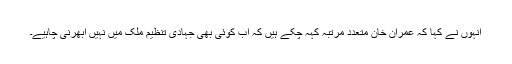
انہوں نے کہا کہ عمران خان متعدد مرتبہ کہہ چکے ہیں کہ اب کوئی بھی جہادی تنظیم ملک میں نہیں ابھرنی چاہیے۔